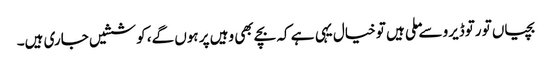
بچیاں تو رتوڈیرو سے ملی ہیں تو خیال یہی ہے کہ بچے بھی وہیں پر ہوں گے، کوششیں جاری ہیں۔